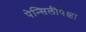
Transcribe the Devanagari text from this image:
पेन्सिलीपेक्षा